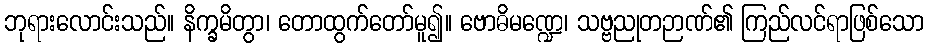
ဘုရားလောင်းသည်။ နိက္ခမိတွာ၊ တောထွက်တော်မူ၍။ ဗောဓိမဏ္ဍေ၊ သဗ္ဗညုတဉာဏ်၏ ကြည်လင်ရာဖြစ်သော